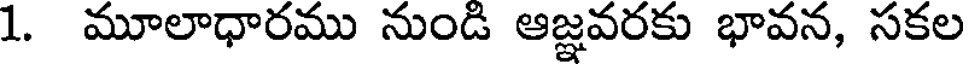
1. మూలాధారము నుండి ఆజ్ఞవరకు భావన, సకల